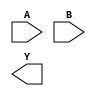
(*blackbox*) module NOR(input A, input B, output Y);
endmodule

module NOT(input A, output Y);
NOR a (.A(A), .B(A), .Y(Y));
endmodule

module BUF(input A, output Y);
wire X;
NOT a(.A(A), .Y(X));
NOT b(.A(X), .Y(Y));
endmodule